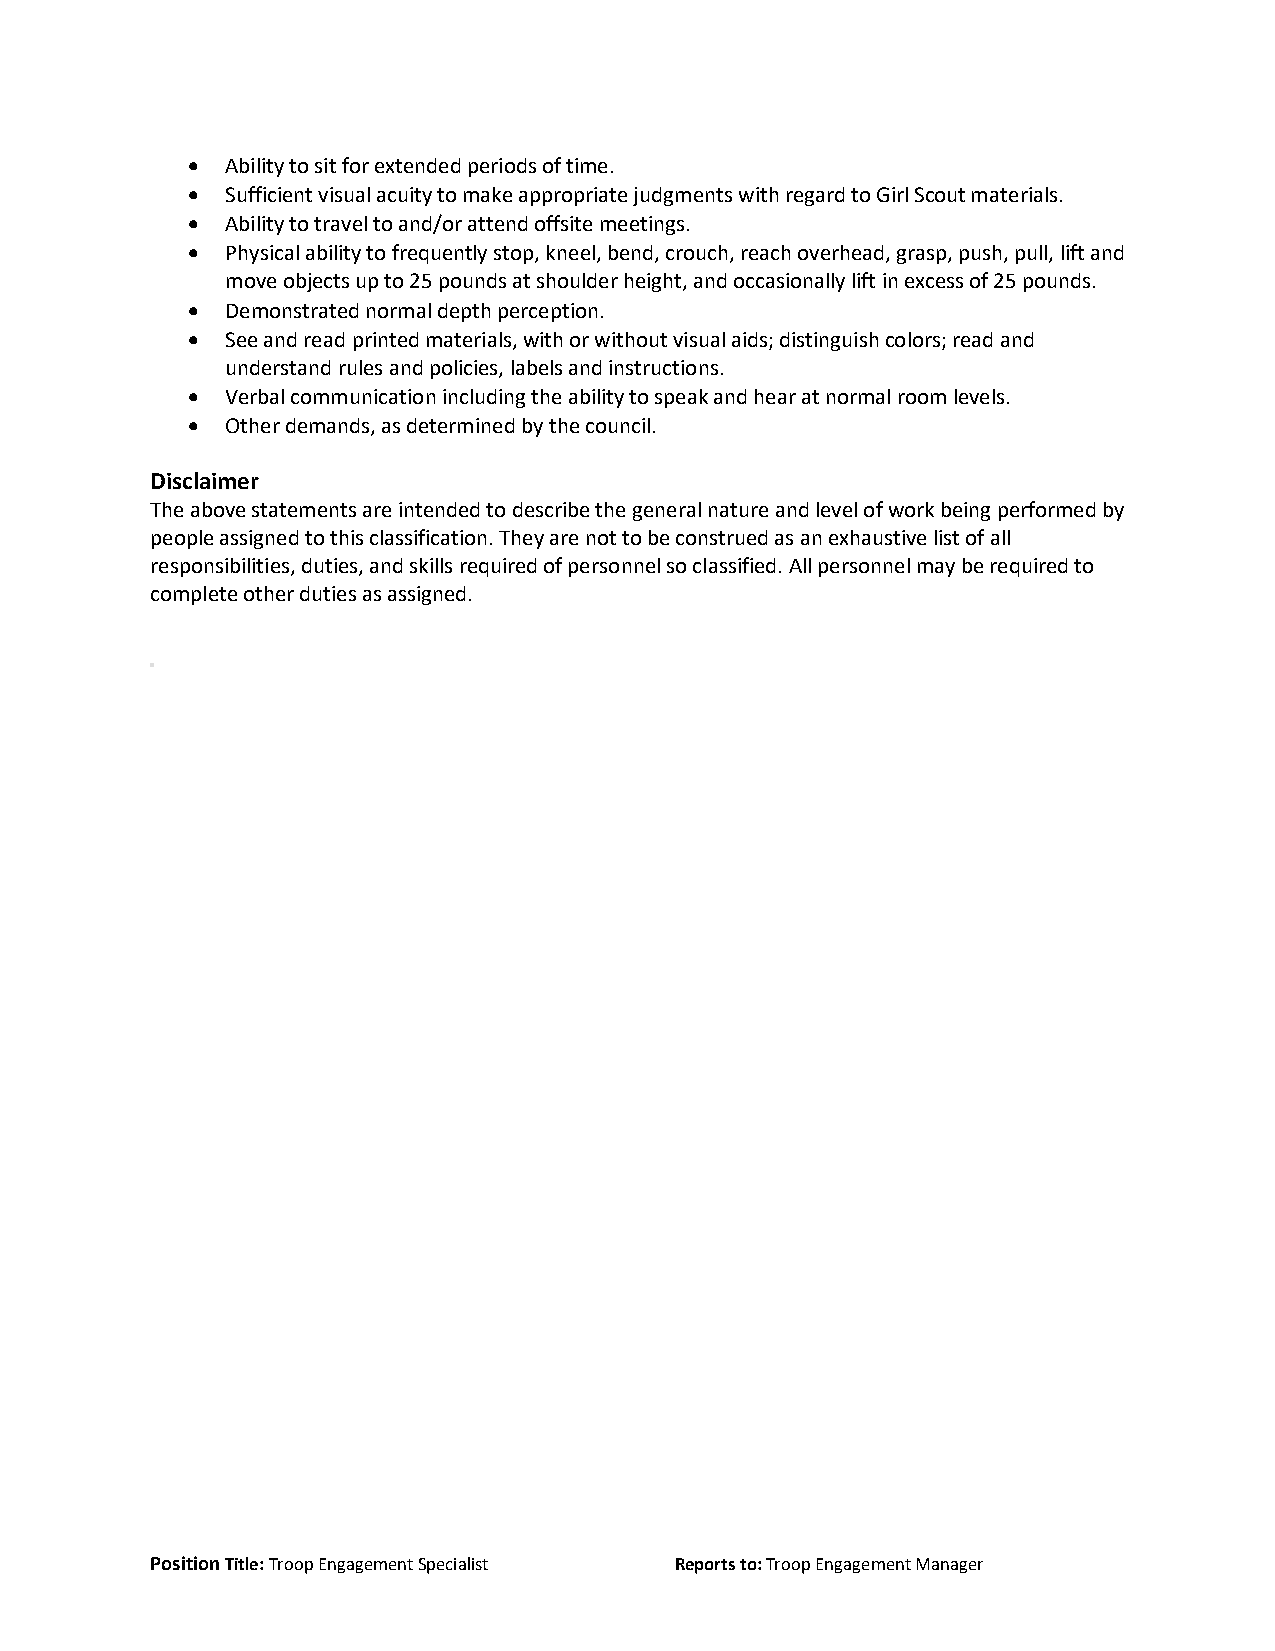
•  Ability to sit for extended periods of time.
 •  Sufficient visual acuity to make appropriate judgments with regard to Girl Scout materials.
 •  Ability to travel to and/or attend offsite meetings.
 •  Physical ability to frequently stop, kneel, bend, crouch, reach overhead, grasp, push, pull, lift and
 move objects up to 25 pounds at shoulder height, and occasionally lift in excess of 25 pounds.
 •  Demonstrated normal depth perception.
 •  See and read printed materials, with or without visual aids; distinguish colors; read and
 understand rules and policies, labels and instructions.
 •  Verbal communication including the ability to speak and hear at normal room levels.
 •  Other demands, as determined by the council.
 Disclaimer
 The above statements are intended to describe the general nature and level of work being performed by
 people assigned to this classification. They are not to be construed as an exhaustive list of all
 responsibilities, duties, and skills required of personnel so classified. All personnel may be required to
 complete other duties as assigned.
 Position Title: Troop Engagement Specialist Reports to: Troop Engagement Manager